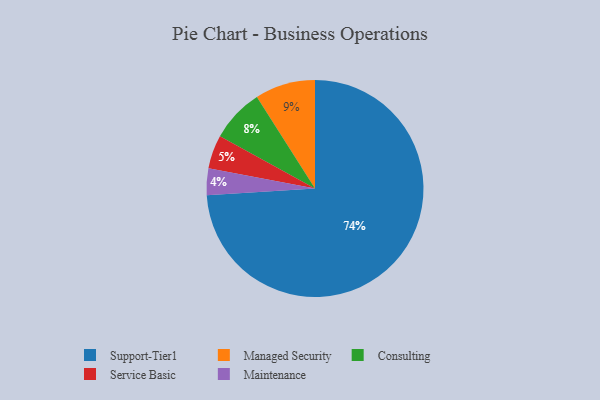
{"axis": {"x": "Category", "y": "Percentage"}, "legend": ["Consulting", "Maintenance", "Managed Security", "Service Basic", "Support-Tier1"], "data": [{"x": "Maintenance", "y": 4, "type": "Maintenance"}, {"x": "Support-Tier1", "y": 74, "type": "Support-Tier1"}, {"x": "Consulting", "y": 8, "type": "Consulting"}, {"x": "Managed Security", "y": 9, "type": "Managed Security"}, {"x": "Service Basic", "y": 5, "type": "Service Basic"}]}